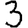
Digit: 3